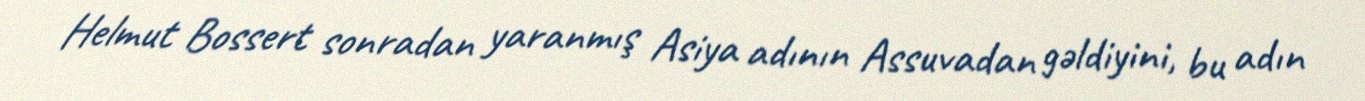
Helmut Bossert sonradan yaranmış Asiya adının Assuvadan gəldiyini, bu adın